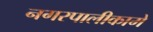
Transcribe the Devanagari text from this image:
नगरपालीकामे